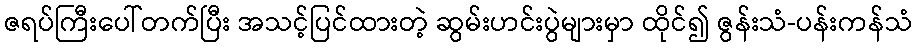
ဇရပ်ကြီးပေါ်တက်ပြီး အသင့်ပြင်ထားတဲ့ ဆွမ်းဟင်းပွဲများမှာ ထိုင်၍ ဇွန်းသံ-ပန်းကန်သံ